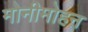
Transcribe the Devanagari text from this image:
मोनीमोहन